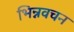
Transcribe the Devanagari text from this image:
भिन्नवचन